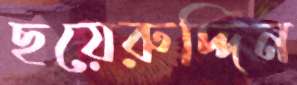
ছয়েরুদ্দিন